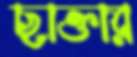
ছাক্তার